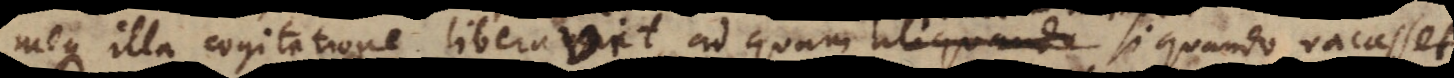
meque illa cogitatione liberavit, ad quam si quando vacasset,